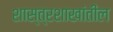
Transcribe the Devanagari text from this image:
शास्त्रशाखांतील